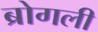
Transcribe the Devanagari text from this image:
ब्रोगली